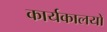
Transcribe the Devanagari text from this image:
कार्यकालयों